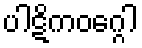
ပါဋိကဝဂ္ဂေါ